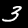
Digit: 3